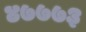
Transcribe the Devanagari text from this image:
४७७७३